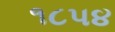
૧૮પ૪